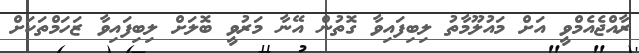
ރާއްޖެއެމްވީ އަށް މައުލޫމާތު ލިބިފައިވާ ގޮތުން އޭނާ މަރުވީ ބޮލަށް ލިބިފައިވާ ޒަހަމްތަކަށް